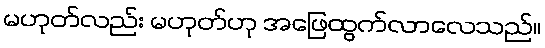
မဟုတ်လည်း မဟုတ်ဟု အဖြေထွက်လာလေသည်။